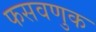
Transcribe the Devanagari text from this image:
फसवणुक